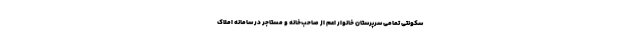
سکونتی تمامی سرپرستان خانوار اعم از صاحب‌خانه و مستاجر در سامانه املاک